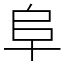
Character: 阜